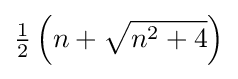
{\tfrac {1}{2}}\left(n+{\sqrt {n^{2}+4{\vphantom {/}}}}\right)